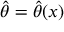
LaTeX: { \widehat { \theta } } = { \widehat { \theta } } ( x )